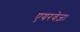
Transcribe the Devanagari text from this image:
एयरवेज़।